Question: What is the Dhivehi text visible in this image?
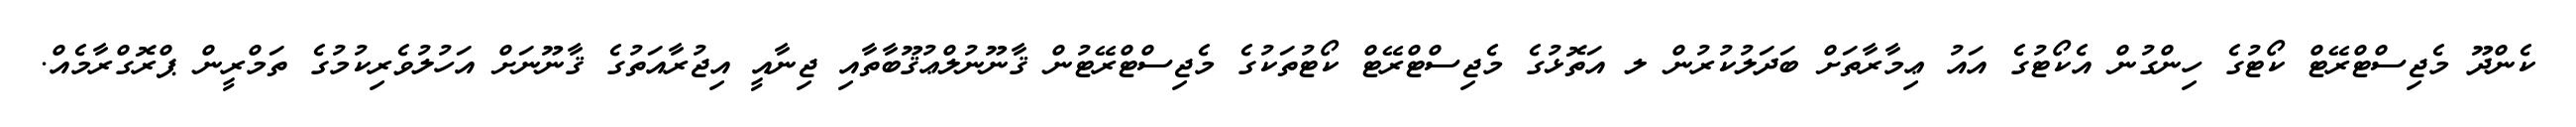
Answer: ކެންދޫ މެޖިސްޓްރޭޓް ކޯޓުގެ ހިންގުން އެކޯޓުގެ އައު ޢިމާރާތަށް ބަދަލުކުރުން ލ އަތޮޅުގެ މެޖިސްޓްރޭޓް ކޯޓުތަކުގެ މެޖިސްޓްރޭޓުން ޤާނޫނުލްޢުޤޫބާތާއި ޖިނާއީ އިޖުރާއަތުގެ ޤާނޫނަށް އަހުލުވެރިކުމުގެ ތަމްރީން ޕްރޮގްރާމެއް.